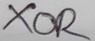
Text: XOR